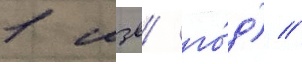
1 мзв/ го́д) //